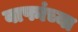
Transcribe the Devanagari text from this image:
वाफांच्या